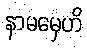
နာမမှေဟိ